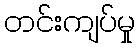
တင်းကျပ်မှု